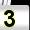
Digit: 3